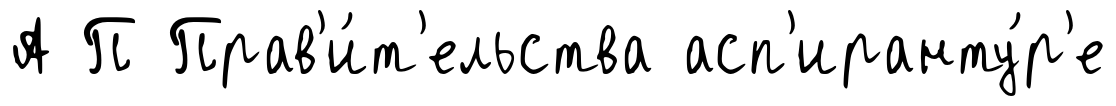
А П Прав'и́т'ельства асп'иранту́р'е